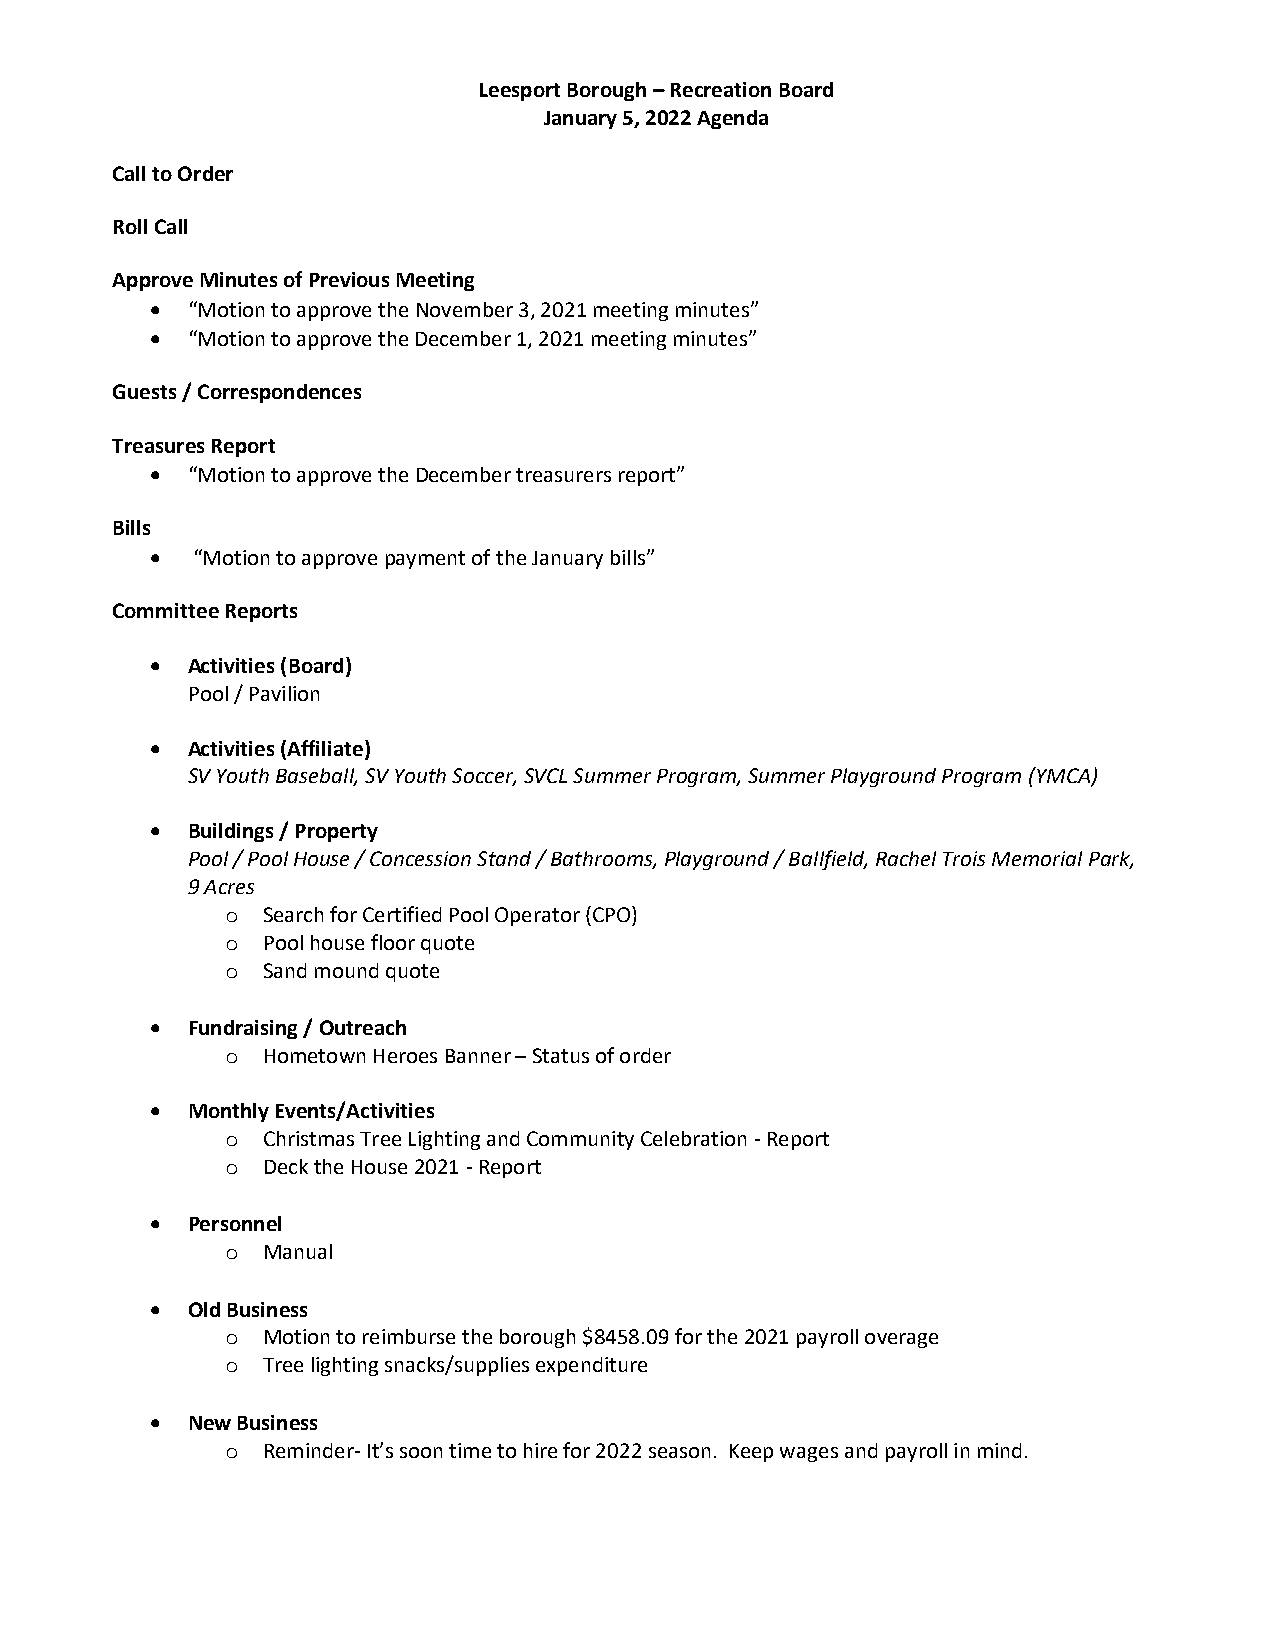
Leesport Borough – Recreation Board
 January 5, 2022 Agenda
 Call to Order
 Roll Call
 Approve Minutes of Previous Meeting
  “Motion to approve the November 3, 2021 meeting minutes”
  “Motion to approve the December 1, 2021 meeting minutes”
 Guests / Correspondences
 Treasures Report
  “Motion to approve the December treasurers report”
 Bills
   “Motion to approve payment of the January bills”
 Committee Reports
  Activities (Board)
 Pool / Pavilion
  Activities (Affiliate)
 SV Youth Baseball, SV Youth Soccer, SVCL Summer Program, Summer Playground Program (YMCA)
  Buildings / Property
 Pool / Pool House / Concession Stand / Bathrooms, Playground / Ballfield, Rachel Trois Memorial Park,
 9 Acres
 o Search for Certified Pool Operator (CPO)
 o Pool house floor quote
 o Sand mound quote
  Fundraising / Outreach
 o Hometown Heroes Banner – Status of order
  Monthly Events/Activities
 o Christmas Tree Lighting and Community Celebration - Report
 o Deck the House 2021 - Report
  Personnel
 o Manual
  Old Business
 o Motion to reimburse the borough $8458.09 for the 2021 payroll overage
 o Tree lighting snacks/supplies expenditure
  New Business
 o Reminder- It’s soon time to hire for 2022 season. Keep wages and payroll in mind.